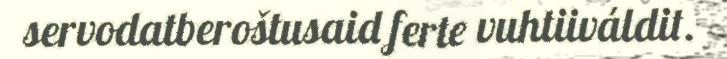
servodatberoštusaid ferte vuhtiiváldit.